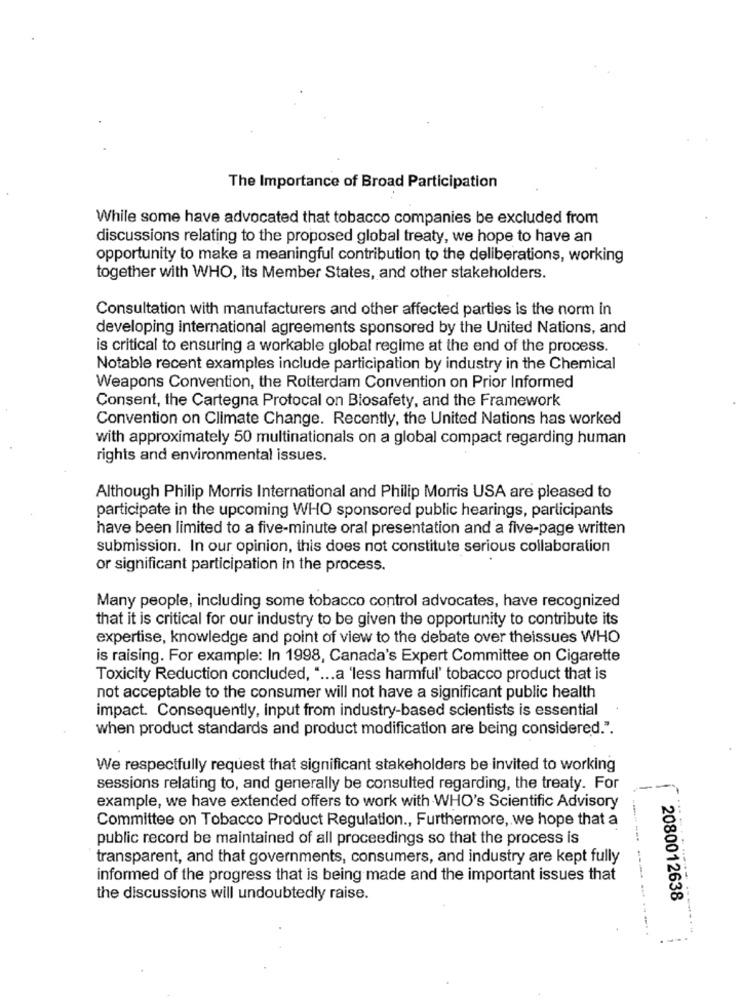
The Importance of Broad Participation
While some have advocated that tobacco companies be excluded from
discussions relating to the proposed global treaty, we hope to have an
opportunity to make a meaningful contribution to the deliberations, working
together with WHO, its Member States, and other stakeholders.
Consultation with manufacturers and other affected parties is the norm in
developing international agreements sponsored by the United Nations, and
is critical to ensuring a workable global regime at the end of the process.
Notable recent examples include participation by industry in the Chemical
Weapons Convention, the Rotterdam Convention on Prior Informed
Consent, the Cartegna Protocal on Blosafety, and the Framework
Convention on Climate Change. Recently, the United Nations has worked
with approximately 50 multinationals on a global compact regarding human
rights and environmental issues.
Although Philip Morris International and Philip Morris USA are pleased to
participate in the upcoming WHO sponsored public hearings, participants
have been limited to a five-minute oral presentation and a five-page written
submission. In our opinion, this does not constitute serious collaboration
or significant participation in the process.
Many people, including some tobacco control advocates, have recognized
that it is critical for our industry to be given the opportunity to contribute its
expertise, knowledge and point of view to the debate over theissues WHO
is raising. For example: In 1998, Canada's Expert Committee on Cigarette
Toxicity Reduction concluded, " ... a 'less harmful' tobacco product that is
not acceptable to the consumer will not have a significant public health
impact. Consequently, input from industry-based scientists is essential
when product standards and product modification are being considered.".
We respectfully request that significant stakeholders be invited to working
sessions relating to, and generally be consulted regarding, the treaty. For
example, we have extended offers to work with WHO's Scientific Advisory
Committee on Tobacco Product Regulation ., Furthermore, we hope that a
public record be maintained of all proceedings so that the process is
transparent, and that governments, consumers, and industry are kept fully
informed of the progress that is being made and the important issues that
the discussions will undoubtedly raise.
2080012638
---------.